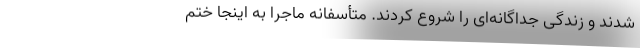
شدند و زندگی جداگانه‌ای را شروع کردند. متأسفانه ماجرا به اینجا ختم